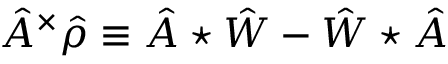
\hat { A } ^ { \times } \hat { \rho } \equiv \hat { A } \star \hat { W } - \hat { W } \star \hat { A }